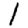
Digit: 1